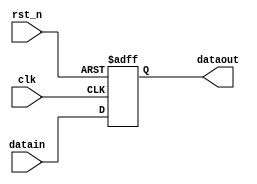
module delay7(datain,dataout,clk,rst_n);
input clk, rst_n;
input [6:0]datain;
output [6:0]dataout;
reg [6:0]dataout;
always @(posedge clk or negedge rst_n)
begin
if(!rst_n)
	begin
		dataout <= 0;
	end
else dataout <= datain;
end
endmodule